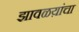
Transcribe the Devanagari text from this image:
झावळय़ांचा